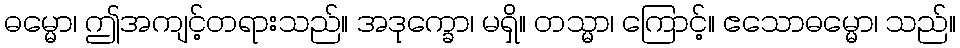
ဓမ္မော၊ ဤအကျင့်တရားသည်။ အဒုက္ခော၊ မရှိ။ တသ္မာ၊ ကြောင့်။ ဧသောဓမ္မော၊ သည်။